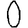
Digit: 0